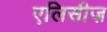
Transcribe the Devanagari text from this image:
एलिसीज़